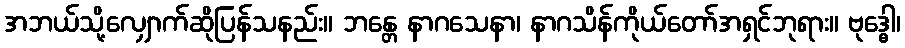
အဘယ်သို့လျှောက်ဆိုပြန်သနည်း။ ဘန္တေ နာဂသေနာ၊ နာဂသိန်ကိုယ်တော်အရှင်ဘုရား။ ဗုဒ္ဓေါ၊